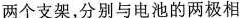
两个支架，分别与电池的两极相